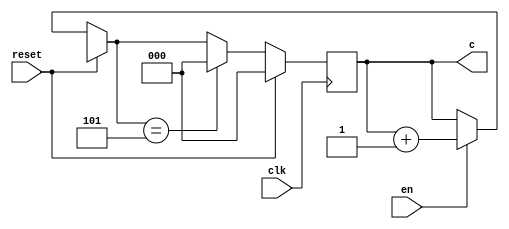
module Counter(output reg [2:0] c, input reset, clk, en);
  
  always @(posedge clk)
  begin
    if(reset)
      c = 3'd0;
    else
    begin
      if(en == 1)
        c = c + 1;
      if(c == 3'd5)
        c = 0;
    end
  end
  
endmodule